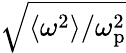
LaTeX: \sqrt{\langle\omega^{2}\rangle/\omega_{\mathrm{p}}^{2}}